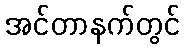
အင်တာနက်တွင်